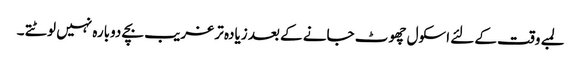
لمبے وقت کے لئے اسکول چھوٹ جانے کے بعد زیادہ تر غریب بچے دوبارہ نہیں لوٹتے ۔